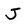
Character: J